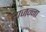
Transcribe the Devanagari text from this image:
राजन्ना